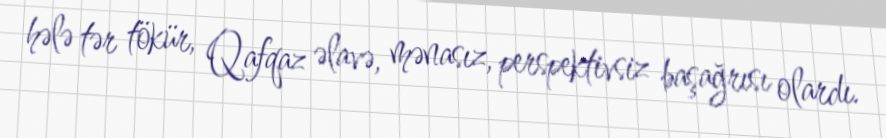
hələ tər tökür, Qafqaz əlavə, mənasız, perspektivsiz başağrısı olardı.